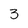
Character: 3